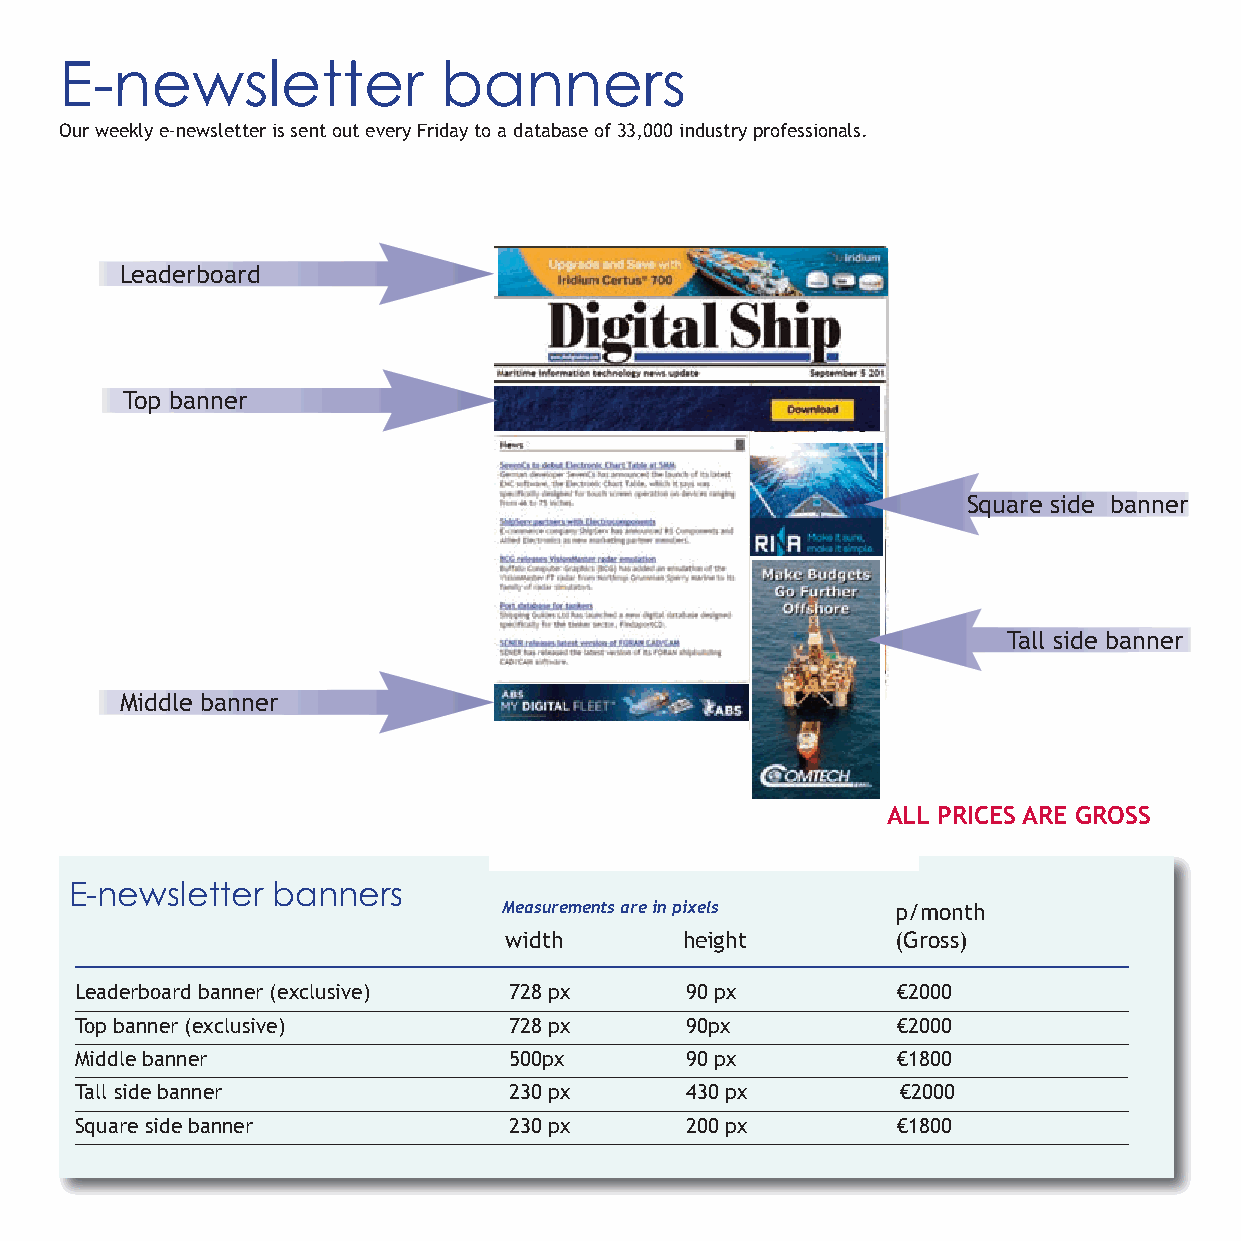
E-newsletter             banners
 Our weekly e-newsletter is sent out every Friday to a database of 33,000 industry professionals.
 Leaderboard
 Top banner
 Square side banner
 Tall side banner
 Middle banner
 ALL PRICES ARE GROSS
 E-newsletter banners
 Measurements are in pixels p/month
 width       height        (Gross)
 Leaderboard banner (exclusive) 728 px   90 px         €2000
 Top banner (exclusive)       728 px     90px          €2000
 Middle banner                500px      90 px         €1800
 Tall side banner             230 px     430 px         €2000
 Square side banner           230 px     200 px        €1800